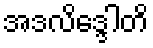
အဒလိဒ္ဒေါတိ